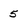
Character: 5